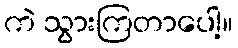
ကဲ သွားကြတာပေါ့။